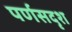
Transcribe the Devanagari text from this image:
पर्णसदृश